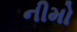
નીમો